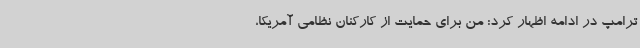
ترامپ در ادامه اظهار کرد: من برای حمایت از کارکنان نظامی آمریکا،